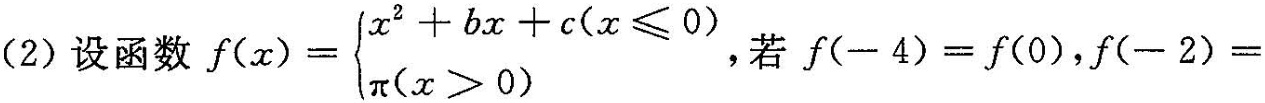
(2)设函数 $$f ( x ) = \begin {cases} x ^ { 2 } + b x + c ( x ＜ 0), \\ \\ \pi (x>0) \end {cases}$$，若$$f ( - 4 ) = f ( 0 )$$，$$f ( - 2 ) =$$